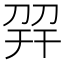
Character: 𢆙